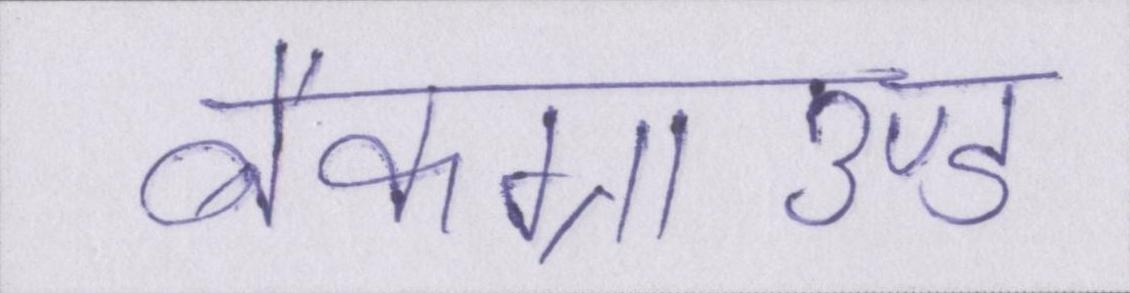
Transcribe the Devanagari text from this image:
बैकग्राउण्ड